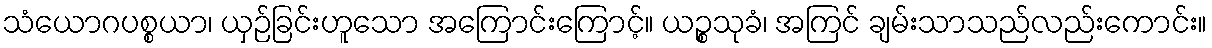
သံယောဂပစ္စယာ၊ ယှဉ်ခြင်းဟူသော အကြောင်းကြောင့်။ ယဉ္စသုခံ၊ အကြင် ချမ်းသာသည်လည်းကောင်း။